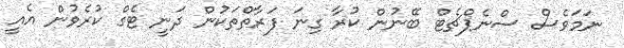
ނަމަވެސް ސްނެޕްޗެޓް ބޭނުން ކުރާ ގިނަ ފަރާތްތަކުން ދަނީ ޓެގް ކުރެވުން އެއީ